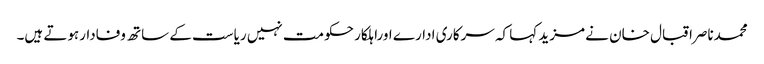
محمدناصراقبال خان نے مزید کہا کہ سرکاری ادارے اوراہلکار حکومت نہیں ریاست کے ساتھ وفادارہوتے ہیں۔